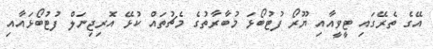
އޭގެ ތެރޭގައި ޓީވީއާއި ޔޫރޯ ފުޓުބޯޅަ މުބާރާތުގެ މެޗުތައް ކުޅޭ އޮރިޖިނަލް ފުޓުބޯޅައާއި